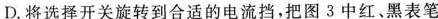
D.将选择开关旋转到合适的电流挡，把图 3中红、黑表笔